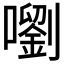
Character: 嚠